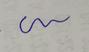
Signature authenticity: forged